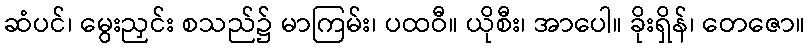
ဆံပင်၊ မွေးညှင်း စသည်၌ မာကြမ်း၊ ပထဝီ။ ယိုစီး၊ အာပေါ။ ခိုးရှိန်၊ တေဇော။